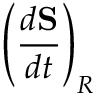
\left( \frac { d \mathbf { S } } { d t } \right) _ { R }